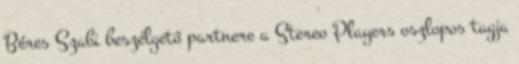
Béres Szabi beszélgető partnere a Stereo Players oszlopos tagja